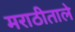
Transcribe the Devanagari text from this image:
मराठीताले